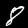
Digit: 8